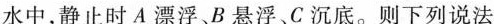
水中，静止时A漂浮B悬浮、C沉底。则下列说法